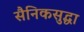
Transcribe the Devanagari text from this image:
सैनिकसुद्धा